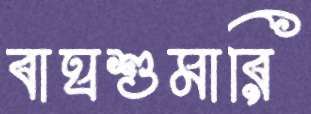
বাঘশুমারি